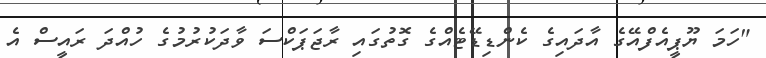
"ހަމަ ޔޫޕީއެފްއޭގެ އާދައިގެ ކެންޑިޑޭޓެއްގެ ގޮތުގައި ރާޖަޕަކްސަ ވާދަކުރުމުގެ ހުއްދަ ރައީސް އެ